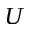
U